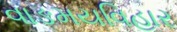
વાઙમયવિહાર